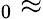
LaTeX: _0\approx